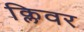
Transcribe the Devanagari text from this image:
क्लिवर